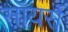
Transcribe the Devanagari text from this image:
सॉयर्स